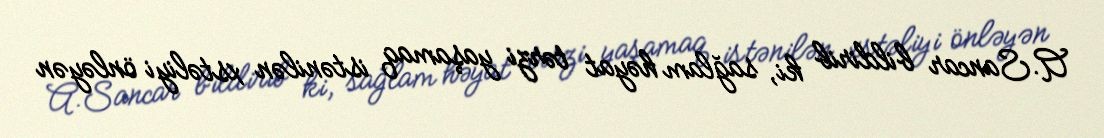
A.Sancar bildirib ki, sağlam həyat tərzi yaşamaq istənilən xstəliyi önləyən